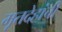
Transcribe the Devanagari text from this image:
मृतदेहांची